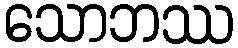
သောဘဿ